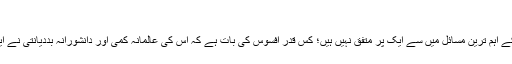
"
ابو الفضل اور میں ہمارئے وقت کے اہم ترین مسائل میں سے ایک پر متفق نہیں ہیں؛ کس قدر افسوس کی بات ہے کہ اس کی عالمانہ کمی اور دانشورانہ بددیانتی نے ایک تعمیری بحث کا اختتام کر دیا۔